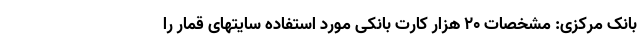
بانک مرکزی: مشخصات ۲۰ هزار کارت بانکی مورد استفاده سایتهای قمار را